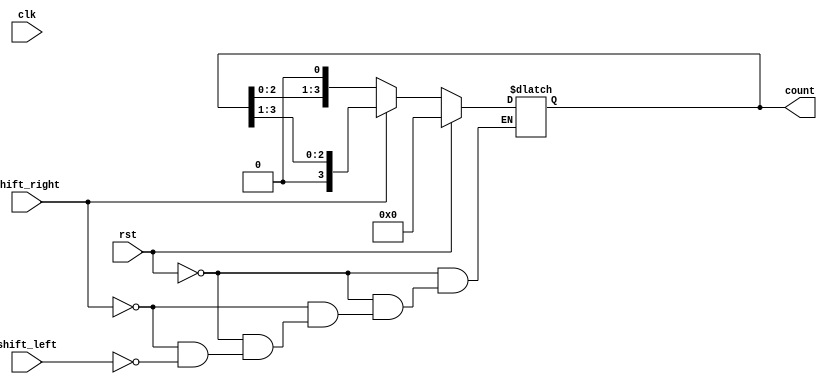
module AsynchronousShiftCounter (
    input wire clk,          // Clock input
    input wire rst,          // Asynchronous reset
    input wire shift_right,   // Control signal to shift right
    input wire shift_left,    // Control signal to shift left
    output reg [3:0] count   // 4-bit counter output
);

    // Initialize the counter to zero
    always @* begin
        if (rst) begin
            count = 4'b0000; // Asynchronous reset to 0
        end else if (shift_right) begin
            count = {1'b0, count[3:1]}; // Shift right
        end else if (shift_left) begin
            count = {count[2:0], 1'b0}; // Shift left
        end
    end

    // Clock triggered behavior (if any other logic needs to sync with clock)
    always @(posedge clk) begin
        // You can add additional sequential logic here if needed
    end
    
endmodule